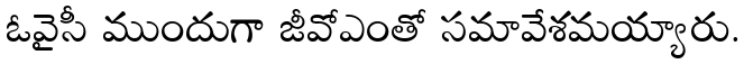
ఓవైసీ ముందుగా జీవోఎంతో సమావేశమయ్యారు.